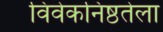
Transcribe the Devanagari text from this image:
विवेकनिष्ठतेला